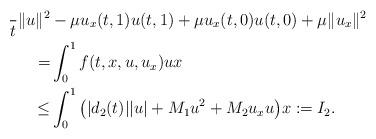
LaTeX: \begin{align*}\frac{}{t}\|u\|^2&-\mu u_{x}(t,1)u(t,1)+\mu u_{x}(t,0)u(t,0)+\mu \|u_x\|^2\\= & \int_{0}^1f(t,x,u,u_x)ux\\\leq & \int_{0}^1\big(|d_2(t)||u|+M_1u^2+M_2u_xu\big)x := I_2.\end{align*}